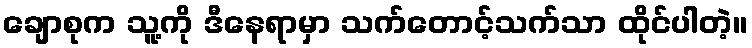
ချောစုက သူ့ကို ဒီနေရာမှာ သက်တောင့်သက်သာ ထိုင်ပါတဲ့။